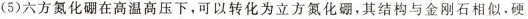
(5)六方氮化硼在高温高压下，可以转化为立方氮化硼，其结构与金刚石相似，硬